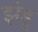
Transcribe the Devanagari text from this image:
झंडू